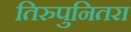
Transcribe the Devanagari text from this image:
तिरुपुनितरा